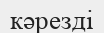
кәрезді